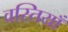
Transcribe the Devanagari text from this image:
वस्तियाँ